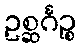
ဥစ္ဆင်္ဂဉ္စ